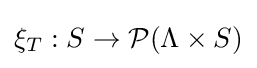
\xi _{T}:S\to {\mathcal {P}}(\Lambda \times S)